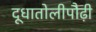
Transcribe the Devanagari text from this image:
दूधातोलीपौढ़ी